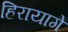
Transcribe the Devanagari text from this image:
हिरायागे